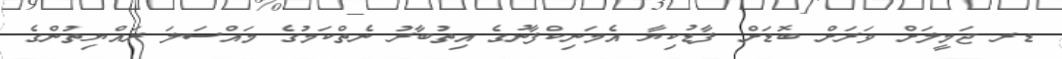
ޑރ ޖަމީލަށް ވަރަށް ބޮޑަށް ފާޑުކިޔާ އެމަނިކްފާނުގެ އިތުބާރު ނެތްކަމުގެ މައްސަލަ ރައްޔިތުންގެ